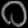
Digit: ၀